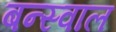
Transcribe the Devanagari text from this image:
बन्स्वाल